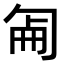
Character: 𠣠